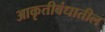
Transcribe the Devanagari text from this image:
आकृतीबंधातील